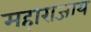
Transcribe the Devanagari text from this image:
महाराजाय